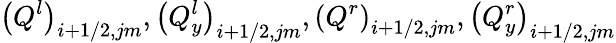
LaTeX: {{\left({{Q}^{l}}\right)}_{i+1/2,jm}},{{\left(Q_{y}^{l}\right)}_{i+1/2,jm}},{{\left({{Q}^{r}}\right)}_{i+1/2,jm}},{{\left(Q_{y}^{r}\right)}_{i+1/2,jm}}